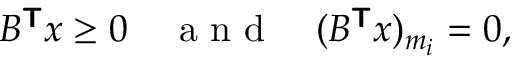
\begin{array} { r } { B ^ { \boldsymbol { \mathsf { T } } } \boldsymbol { x } \ge 0 \quad \mathrm { ~ a ~ n ~ d ~ } \quad ( B ^ { \boldsymbol { \mathsf { T } } } \boldsymbol { x } ) _ { m _ { i } } = 0 , } \end{array}